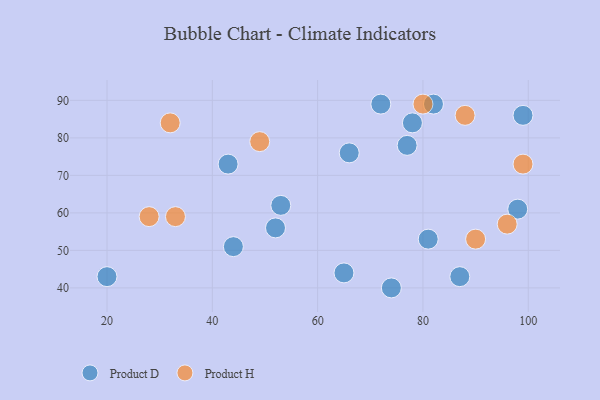
{"axis": {"x": "GDP", "y": "Life Expectancy"}, "legend": ["Product D", "Product H"], "data": [{"x": "53", "y": 62, "type": "Product D"}, {"x": "87", "y": 43, "type": "Product D"}, {"x": "65", "y": 44, "type": "Product D"}, {"x": "43", "y": 73, "type": "Product D"}, {"x": "82", "y": 89, "type": "Product D"}, {"x": "74", "y": 40, "type": "Product D"}, {"x": "44", "y": 51, "type": "Product D"}, {"x": "81", "y": 53, "type": "Product D"}, {"x": "99", "y": 86, "type": "Product D"}, {"x": "77", "y": 78, "type": "Product D"}, {"x": "78", "y": 84, "type": "Product D"}, {"x": "20", "y": 43, "type": "Product D"}, {"x": "66", "y": 76, "type": "Product D"}, {"x": "98", "y": 61, "type": "Product D"}, {"x": "52", "y": 56, "type": "Product D"}, {"x": "72", "y": 89, "type": "Product D"}, {"x": "32", "y": 84, "type": "Product H"}, {"x": "88", "y": 86, "type": "Product H"}, {"x": "96", "y": 57, "type": "Product H"}, {"x": "49", "y": 79, "type": "Product H"}, {"x": "28", "y": 59, "type": "Product H"}, {"x": "90", "y": 53, "type": "Product H"}, {"x": "99", "y": 73, "type": "Product H"}, {"x": "80", "y": 89, "type": "Product H"}, {"x": "33", "y": 59, "type": "Product H"}]}